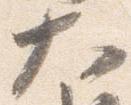
大